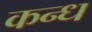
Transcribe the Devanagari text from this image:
कन्ध